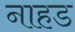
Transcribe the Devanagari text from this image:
नाहड